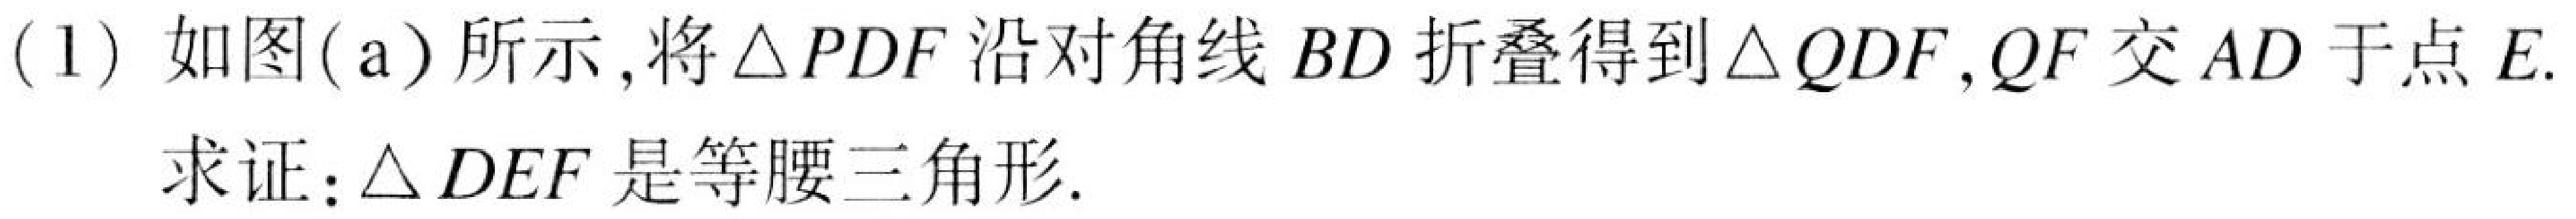
(1) 如图(a)所示,将\(\triangle PDF\)沿对角线\(BD\)折叠得到\(\triangle QDF\), \(QF\)交\(AD\)于点\(E\).
求证:\(\triangle DEF\)是等腰三角形.